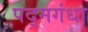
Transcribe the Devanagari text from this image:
पद्‌मगंधा